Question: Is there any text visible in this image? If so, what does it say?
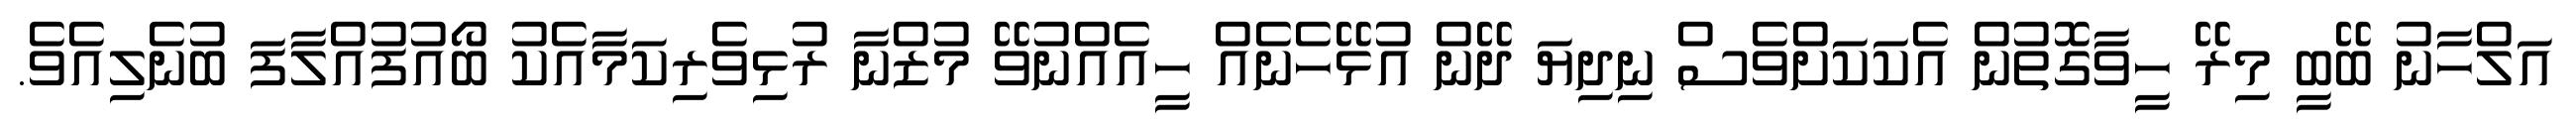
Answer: އަލްހާނު ބޭބީ މިރޭ ހީވާގޮތުން އެކަކަށްވެސް ނިދިޔަ ދޭން އުޅޭހެނެއް ހީއެއްނުވޭ މުޒްނާ ރުޅިވެރިކަމާއެކު ބޯއުފުއްލާފަ ބުނެލިއެވެ.